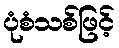
ပုံစံသစ်ဖြင့်